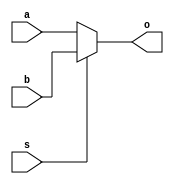
//Assignment 3
//Problem 1
//Group 47
//P.V.S.L. Hari Chandana(16CS30026)
//P.Anusha(16CS30027)

`timescale 1ns / 1ps
//////////////////////////////////////////////////////////////////////////////////
// Company: 
// Engineer: 
// 
// Design Name: 
// Module Name:    mux 
// Project Name: 
// Target Devices: 
// Tool versions: 
// Description: 
//
// Dependencies: 
//
// Revision: 
// Revision 0.01 - File Created
// Additional Comments: 
//
//////////////////////////////////////////////////////////////////////////////////
module mux( input[7:0] a, input[7:0] b, input s,  output reg[7:0] o
    );
always@(*)
begin
if(s)
	o =  b;
else
	o = a;
end

endmodule